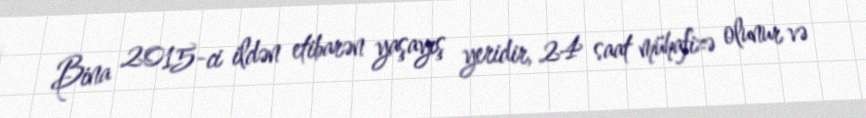
Bina 2015-ci ildən etibarən yaşayış yeridir, 24 saat mühafizə olunur və